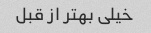
خیلی بهتر از قبل